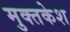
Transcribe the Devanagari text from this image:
मुक्तकेश